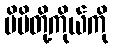
မိမိတို့ကိုယ်ကို